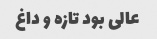
عالی بود تازه و داغ